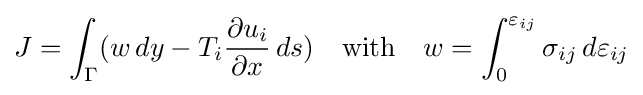
J=\int _{\Gamma }(w\,dy-T_{i}{\frac {\partial u_{i}}{\partial x}}\,ds)\quad {\text{with}}\quad w=\int _{0}^{\varepsilon _{ij}}\sigma _{ij}\,d\varepsilon _{ij}